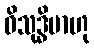
ဝိသုဒ္ဓိမာဟု